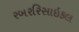
રબરરિસાઇકલ